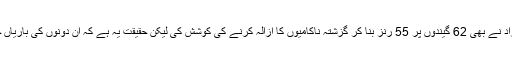
دوسرے کنارے پر احمد شہزاد نے بھی 62 گیندوں پر 55 رنز بنا کر گزشتہ ناکامیوں کا ازالہ کرنے کی کوشش کی لیکن حقیقت یہ ہے کہ ان دونوں کی باریاں حالات کے مطابق نہیں تھیں۔